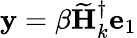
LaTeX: \mathbf{y}=\beta\widetilde{\mathbf{H}}_{k}^{\dagger}\mathbf{e}_{1}